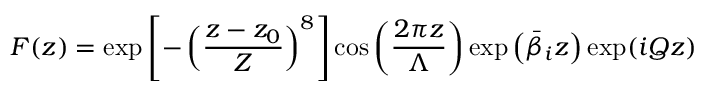
F ( z ) = \exp \left[ - \left( \frac { z - z _ { 0 } } { Z } \right) ^ { 8 } \right] \cos \left( \frac { 2 \pi z } { \Lambda } \right) \exp \left( \bar { \beta } _ { i } z \right) \exp ( i Q z )